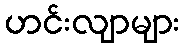
ဟင်းလျာများ